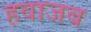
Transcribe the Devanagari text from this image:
हवाजब